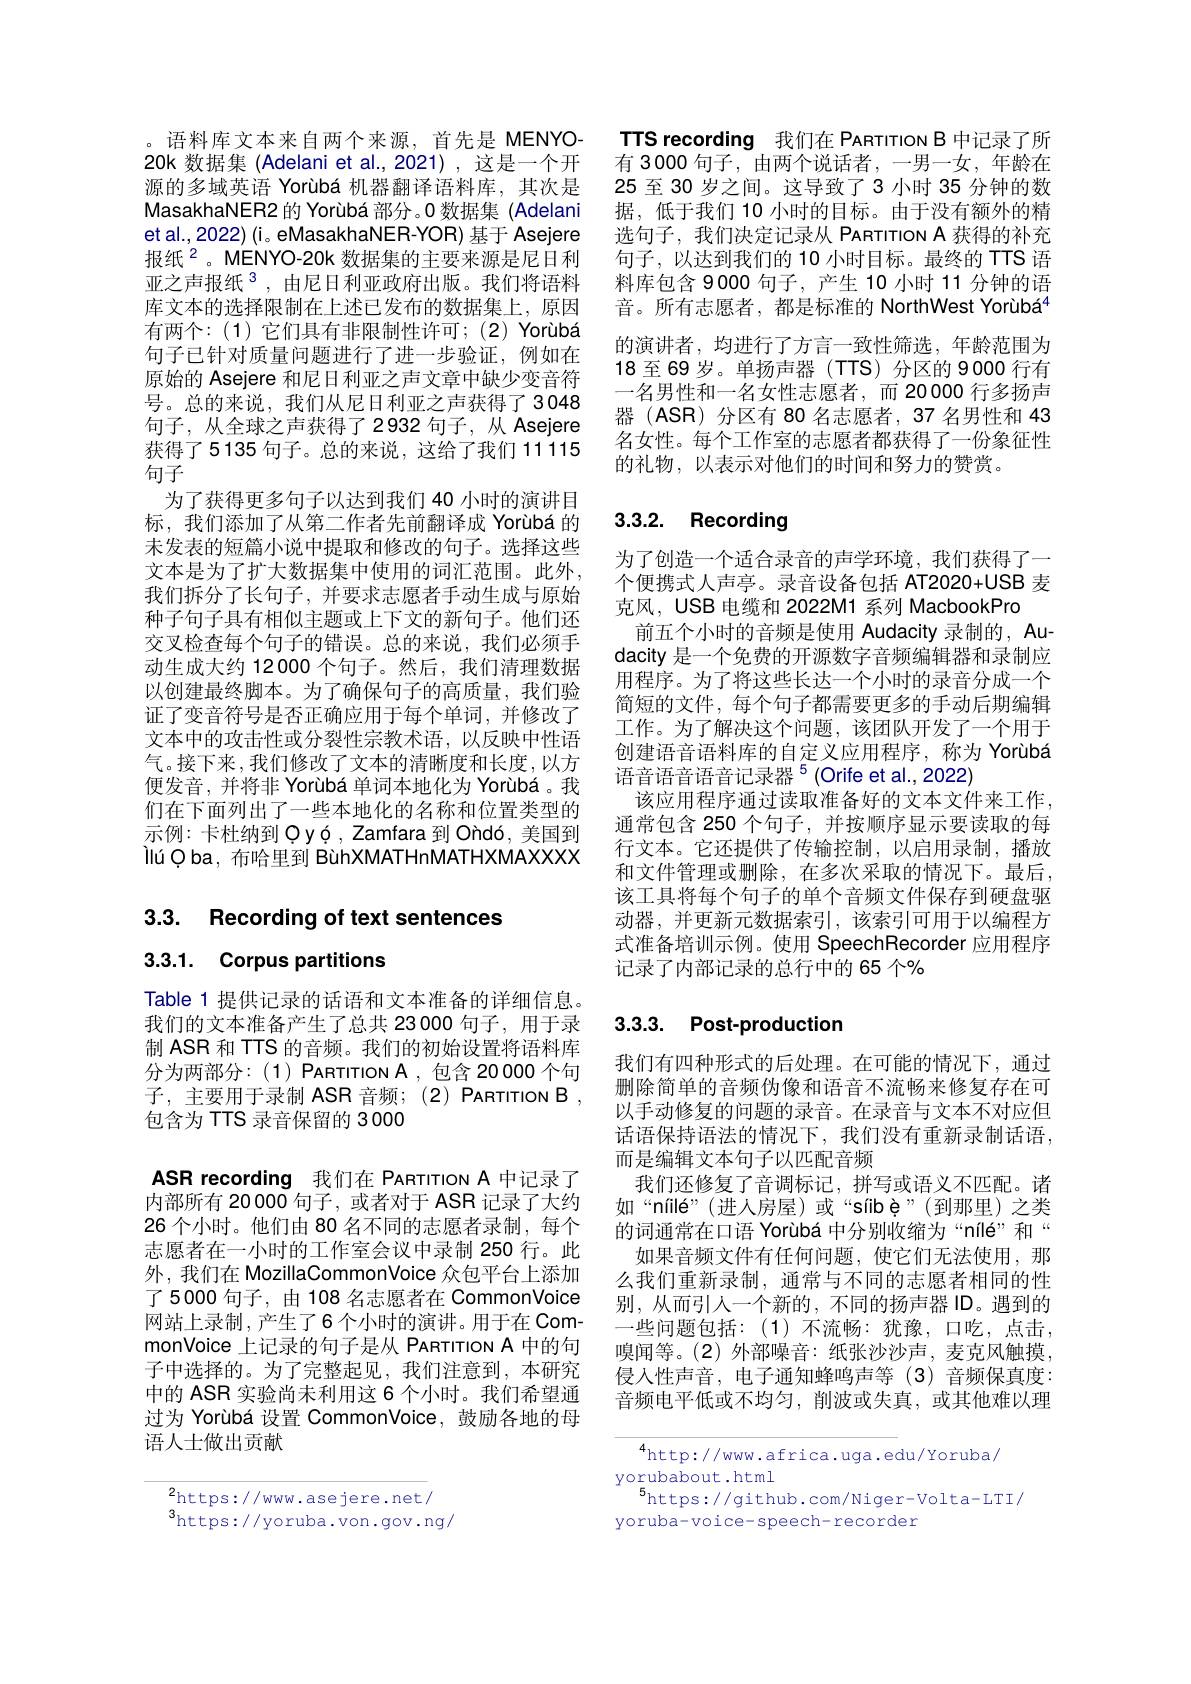
。语料库文本来自两个来源，首先是 MENYO- 20k 数据集 (Adelani et al.,2021) ,这是一个开源的多域英语 Yorùbá 机器翻译语料库，其次是MasakhaNER2 的 Yorùbá 部分。0 数据集 (Adelani et al., 2022) (i。eMasakhaNER-YOR) 基于 Asejere 报纸$^{2}$。MENYO-20k 数据集的主要来源是尼日利亚之声报纸 3 , 由尼日利亚政府出版。我们将语料库文本的选择限制在上述已发布的数据集上，原因有两个：(1)它们具有非限制性许可；(2) Yorùbá 句子已针对质量问题进行了进一步验证，例如在原始的 Asejere 和尼日利亚之声文章中缺少变音符号。总的来说，我们从尼日利亚之声获得了3048句子，从全球之声获得了2932 句子，从 Asejere 获得了5135 句子。总的来说，这给了我们 11115句子
为了获得更多句子以达到我们 40 小时的演讲目标，我们添加了从第二作者先前翻译成 Yorùbá 的未发表的短篇小说中提取和修改的句子。选择这些文本是为了扩大数据集中使用的词汇范围。此外， 我们拆分了长句子，并要求志愿者手动生成与原始种子句子具有相似主题或上下文的新句子。他们还交叉检查每个句子的错误。总的来说，我们必须手动生成大约 12000 个句子。然后，我们清理数据以创建最终脚本。为了确保句子的高质量，我们验证了变音符号是否正确应用于每个单词，并修改了文本中的攻击性或分裂性宗教术语，以反映中性语气。接下来，我们修改了文本的清晰度和长度，以方便发音，并将非 Yorùbá 单词本地化为 Yorùbá。我们在下面列出了一些本地化的名称和位置类型的示例：卡杜纳到 ỌуỢ , Zamfara 到 Ohdó, 美国到ll$\' {u}$Qba, 布哈里到 BùhXMATHnMATHXMAXXXX

3.3. Recording of text sentences

# 3.3.1. Corpus partitions

Table 1 提供记录的话语和文本准备的详细信息。我们的文本准备产生了总共 23000 句子，用于录制 ASR 和 TTS 的音频。我们的初始设置将语料库分为两部分：(1) PARTITION $\mathcal{A}$, 包含 20000 个句子，主要用于录制 ASR 音频；(2) PARTITION B , 包含为 TTS 录音保留的 3000

ASR recording 我们在 PARTITION A 中记录了内部所有 20 000 句子，或者对于 ASR 记录了大约26 个小时。他们由 80 名不同的志愿者录制 ,每个志愿者在一小时的工作室会议中录制 250 行。此外，我们在 MozillaCommonVoice 众包平台上添加了5000 句子，由 108 名志愿者在 CommonVoice 网站上录制，产生了6个小时的演讲。用于在 CommonVoice 上记录的句子是从 PARTITION A 中的句子中选择的。为了完整起见，我们注意到，本研究中的 ASR 实验尚未利用这 6 个小时。我们希望通过为 Yorùbá 设置 CommonVoice, 鼓励各地的母语人士做出贡献

$^{2}$https://www.asejere.net/
$^{3}$https://yoruba.von.gov.ng/

TTS recording 我们在 PARTITION B 中记录了所有 3000 句子，由两个说话者，一男一女，年龄在25至30 岁之间。这导致了3 小时 35 分钟的数据，低于我们 10 小时的目标。由于没有额外的精选句子，我们决定记录从 PARTITION A 获得的补充句子，以达到我们的 10 小时目标。最终的 TTS 语料库包含 9000 句子，产生 10 小时 11 分钟的语音。所有志愿者，都是标准的 NorthWest Yorùbá$^{4}$ 的演讲者，均进行了方言一致性筛选，年龄范围为18至69岁。单扬声器(TTS)分区的9000 行有一名男性和一名女性志愿者，而 20000 行多扬声器 (ASR)分区有 80 名志愿者，37 名男性和 43名女性。每个工作室的志愿者都获得了一份象征性的礼物，以表示对他们的时间和努力的赞赏。

# 3.3.2. Recording

为了创造一个适合录音的声学环境，我们获得了一个便携式人声亭。录音设备包括 AT2020+USB 麦克风，USB 电缆和 2022M1 系列 MacbookPro
前五个小时的音频是使用 Audacity 录制的，Audacity 是一个免费的开源数字音频编辑器和录制应用程序。为了将这些长达一个小时的录音分成一个简短的文件，每个句子都需要更多的手动后期编辑工作。为了解决这个问题，该团队开发了一个用于创建语音语料库的自定义应用程序，称为 Yorùbá 语音语音语音记录器$^5$(Orife et al.,2022)
该应用程序通过读取准备好的文本文件来工作通常包含 250 个句子，并按顺序显示要读取的每行文本。它还提供了传输控制，以启用录制，播放和文件管理或删除，在多次采取的情况下。最后， 该工具将每个句子的单个音频文件保存到硬盘驱动器，并更新元数据索引，该索引可用于以编程方式准备培训示例。使用 SpeechRecorder 应用程序记录了内部记录的总行中的 65 个%

## 3.3.3. Post-production

我们有四种形式的后处理。在可能的情况下，通过删除简单的音频伪像和语音不流畅来修复存在可以手动修复的问题的录音。在录音与文本不对应但话语保持语法的情况下，我们没有重新录制话语， 而是编辑文本句子以匹配音频
我们还修复了音调标记，拼写或语义不匹配。诸如“níilé”(进人房屋)或“síibè”(到那里)之类的词通常在口语 Yorùbá 中分别收缩为“nílé”和“
如果音频文件有任何问题，使它们无法使用，那么我们重新录制，通常与不同的志愿者相同的性别，从而引人一个新的，不同的扬声器ID。遇到的一些问题包括：(1)不流畅：犹豫，口吃，点击， 嗅闻等。(2)外部噪音：纸张沙沙声，麦克风触摸， 侵人性声音，电子通知蜂鸣声等(3)音频保真度： 音频电平低或不均匀，削波或失真，或其他难以理

$^{4}$http://www.africa.uga.edu/Yoruba/
yorubabout.html
$^{5}$https://github.com/Niger-Volta-LTI/
yoruba-voice-speech-recorder